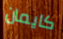
كايمان